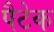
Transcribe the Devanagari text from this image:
पैटेक